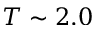
T \sim 2 . 0